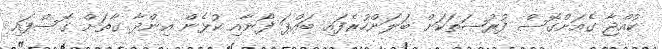
ކުއްޖާ ގެއަށްގޮސް ފުރުޞަތަކަށް ބަލަންހުރެފައި ބައްޕަ ފޯނާއި ކުޅެން އިންދާ ގާތަށް ގޮސްފައި